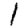
Digit: 1